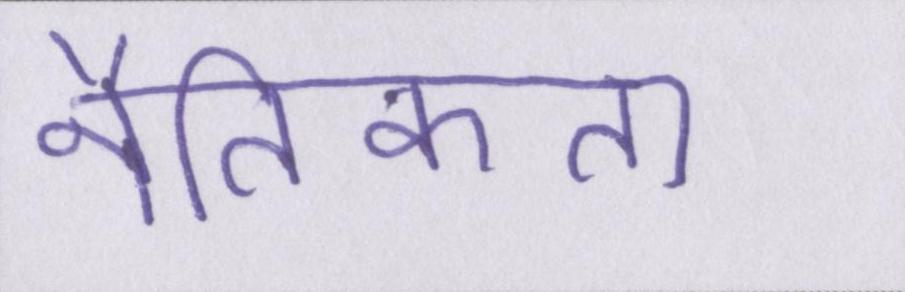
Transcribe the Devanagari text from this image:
नैतिकता